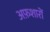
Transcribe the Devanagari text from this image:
अफ़शारों